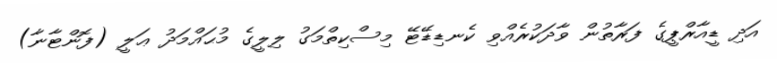
އަދި ޑީއާރްޕީގެ ފަރާތުން ވާދަކުރެއްވި ކެނޑިޑޭޓޭ މިސްކިތްމަގު ލިލީގެ މުޙައްމަދު ޢަލީ (ފޮންޓާނާ)